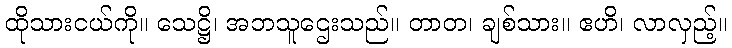
ထိုသားငယ်ကို။ သေဋ္ဌိ၊ အဘသူဌေးသည်။ တာတ၊ ချစ်သား။ ဧဟိ၊ လာလှည့်။